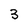
Character: 3